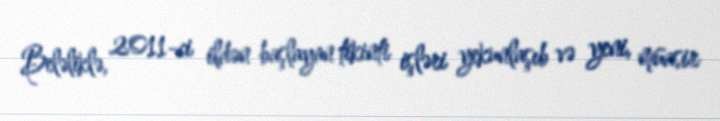
Beləliklə, 2011-ci ildən başlayan tikinti işləri yekunlaşıb və yeni, müasir